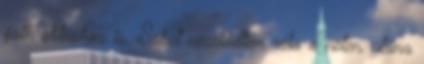
goth stílushoz is. Sokat nézelődtem róla a neten, utána